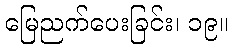
မြေညက်ပေးခြင်း၊ ၁၉။